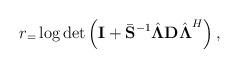
LaTeX: \begin{align*}r_=\log\det\left(\mathbf{I}+\bar{\mathbf{S}}^{-1}\hat{\boldsymbol{\Lambda}}\mathbf{D}\hat{\boldsymbol{\Lambda}}^{H}\right),\end{align*}